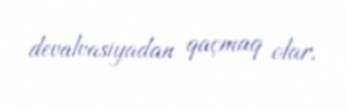
devalvasiyadan qaçmaq olar.